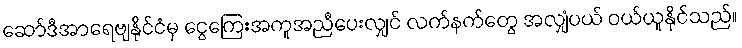
ဆော်ဒီအာရေဗျနိုင်ငံမှ ငွေကြေးအကူအညီပေးလျှင် လက်နက်တွေ အလျှံပယ် ဝယ်ယူနိုင်သည်။